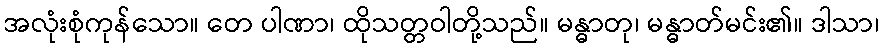
အလုံးစုံကုန်သော။ တေ ပါဏာ၊ ထိုသတ္တဝါတို့သည်။ မန္ဓာတု၊ မန္ဓာတ်မင်း၏။ ဒါသာ၊